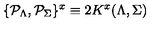
\{ { \cal P } _ { \Lambda } , { \cal P } _ { \Sigma } \} ^ { x } \equiv 2 K ^ { x } ( \Lambda , \Sigma )